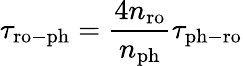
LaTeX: \tau_{\mathrm{ro-ph}}=\frac{4n_{\mathrm{ro}}}{n_{\mathrm{ph}}}\tau_{\mathrm{ph-ro}}